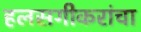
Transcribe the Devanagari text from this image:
हलसगीकरांचा